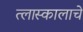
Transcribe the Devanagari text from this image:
त्लास्कालाचे